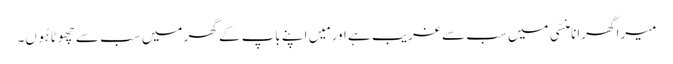
میرا گھرانا منسّی میں سب سے غرِیب ہے اور مَیں اپنے باپ کے گھر میں سب سے چھوٹا ہُوں۔